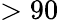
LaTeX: >90